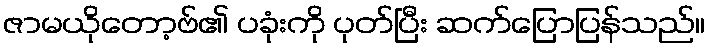
ဇာမယိုတော့ဗ်၏ ပခုံးကို ပုတ်ပြီး ဆက်ပြောပြန်သည်။